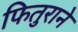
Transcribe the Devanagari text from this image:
फितुराने